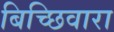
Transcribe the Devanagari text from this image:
बिच्छिवारा